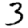
Digit: 3